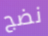
نضج